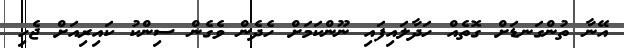
އޭނާ ތުންގަނޑަށް ގޮތެއް ހަދާލައިފައި ނޫންކަމަށް ހެދެން ވެގެން ސިންކު ކައިރިއަށް ޖެހި